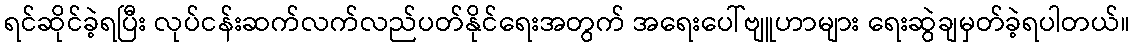
ရင်ဆိုင်ခဲ့ရပြီး လုပ်ငန်းဆက်လက်လည်ပတ်နိုင်ရေးအတွက် အရေးပေါ်ဗျူဟာများ ရေးဆွဲချမှတ်ခဲ့ရပါတယ်။